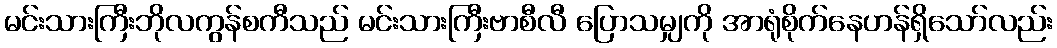
မင်းသားကြီးဘိုလကွန်စကီသည် မင်းသားကြီးဗာစီလီ ပြောသမျှကို အာရုံစိုက်နေဟန်ရှိသော်လည်း